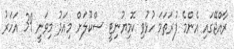
ރާއްޖޭގައި އެންމެ ފުރަތަމަ ހުޅުވި ކޮމިޔުނިޓީ ސްކޫލަށް މިއަދު މިވަނީ 39 އަހަރު